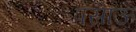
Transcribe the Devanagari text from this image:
पसाऊ